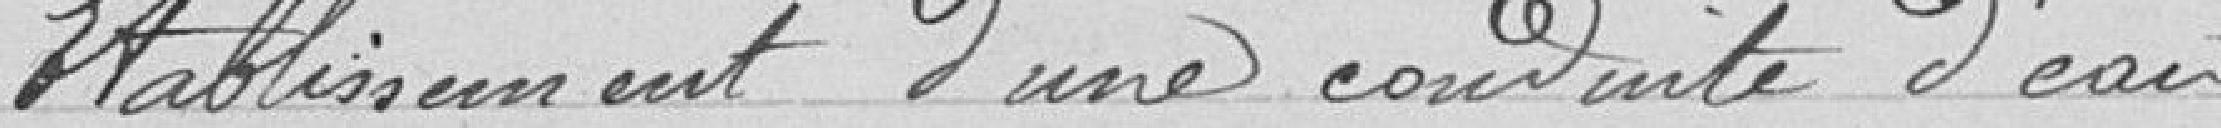
Etablissement d'une conduite d'eau